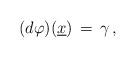
LaTeX: \begin{align*}(d\varphi)(\underline{x})\,=\, \gamma\, ,\end{align*}